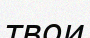
твои